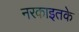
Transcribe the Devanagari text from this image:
नरकाइतके